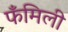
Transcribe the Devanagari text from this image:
फँमिली